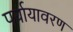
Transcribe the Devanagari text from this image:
पर्यायावरण